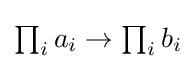
{\textstyle \prod _{i}a_{i}\rightarrow \prod _{i}b_{i}}